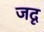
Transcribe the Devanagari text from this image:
जदृ